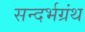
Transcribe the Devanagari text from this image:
सन्दर्भग्रंथ